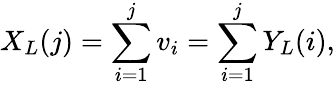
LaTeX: X_{L}(j)=\sum_{i=1}^{j}v_{i}=\sum_{i=1}^{j}Y_{L}(i),